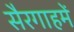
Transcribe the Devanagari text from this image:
सैरगाहमें